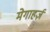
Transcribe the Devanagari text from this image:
मेगाहर्ज़